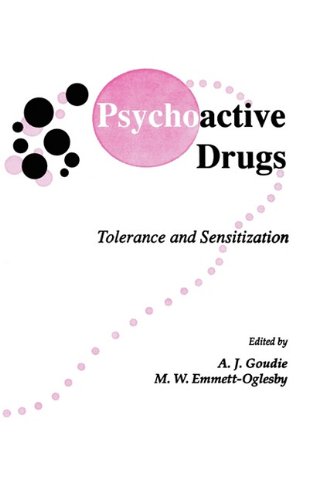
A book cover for Psychoactive Drugs: Tolerance and Sensitization (Contemporary Neuroscience); Andrew Goudie; Medical Books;